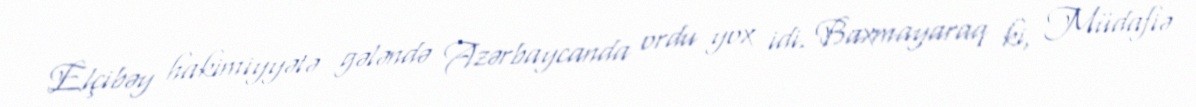
Elçibəy hakimiyyətə gələndə Azərbaycanda ordu yox idi. Baxmayaraq ki, Müdafiə